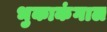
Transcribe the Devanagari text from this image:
भुकाकंगाल